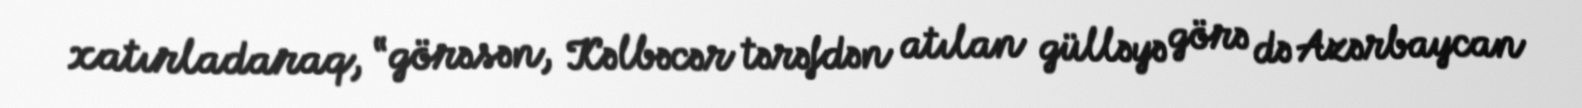
xatırladaraq, “görəsən, Kəlbəcər tərəfdən atılan gülləyə görə də Azərbaycan